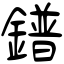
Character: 鐠